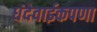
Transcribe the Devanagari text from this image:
धंदेवाईकपणा